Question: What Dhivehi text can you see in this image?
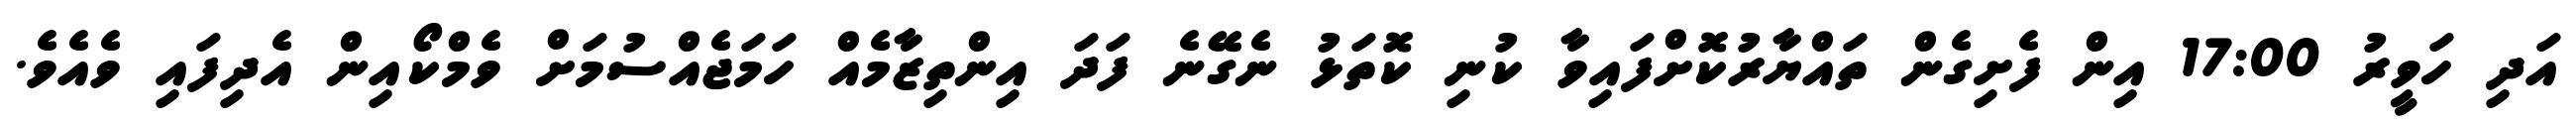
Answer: އަދި ހަވީރު 17:00 އިން ފެށިގެން ތައްޔާރުކޮށްފައިވާ ކުނި ކޮތަޅު ނެގޭނެ ފަދަ އިންތިޒާމެއް ހަމަޖެއްސުމަށް ވެމްކޯއިން އެދިފައި ވެއެވެ.